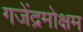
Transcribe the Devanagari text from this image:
गजेंद्रमोक्षम